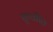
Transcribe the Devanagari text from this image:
पृथ्वीति